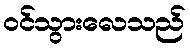
ဝင်သွားလေသည်